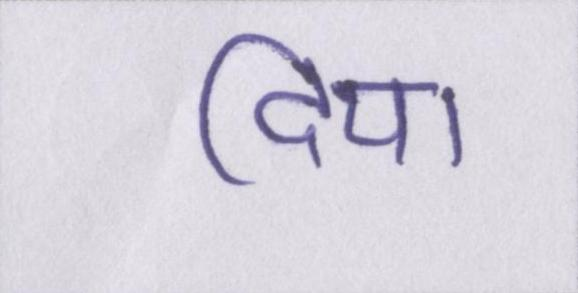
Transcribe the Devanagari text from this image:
दिया